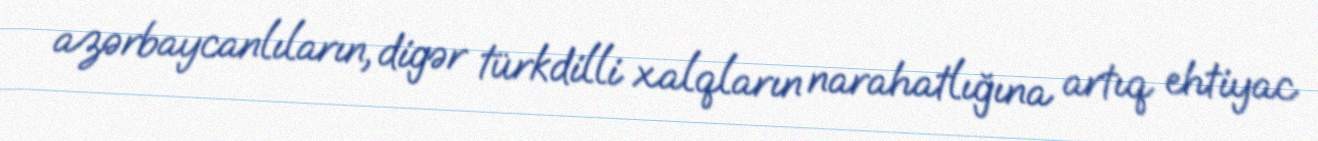
azərbaycanlıların, digər türkdilli xalqların narahatlığına artıq ehtiyac